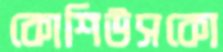
কোশিউসকো